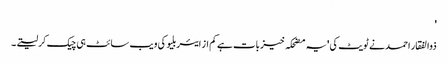
'
ذوالفقار احمد نے ٹویٹ کی 'یہ مضحکہ خیز بات ہے کم از ایئربلیو کی ویب سائٹ ہی چیک کرلیتے۔